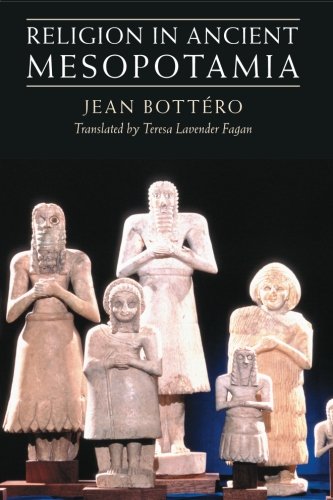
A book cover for Religion in Ancient Mesopotamia; Jean BottÃ©ro; History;